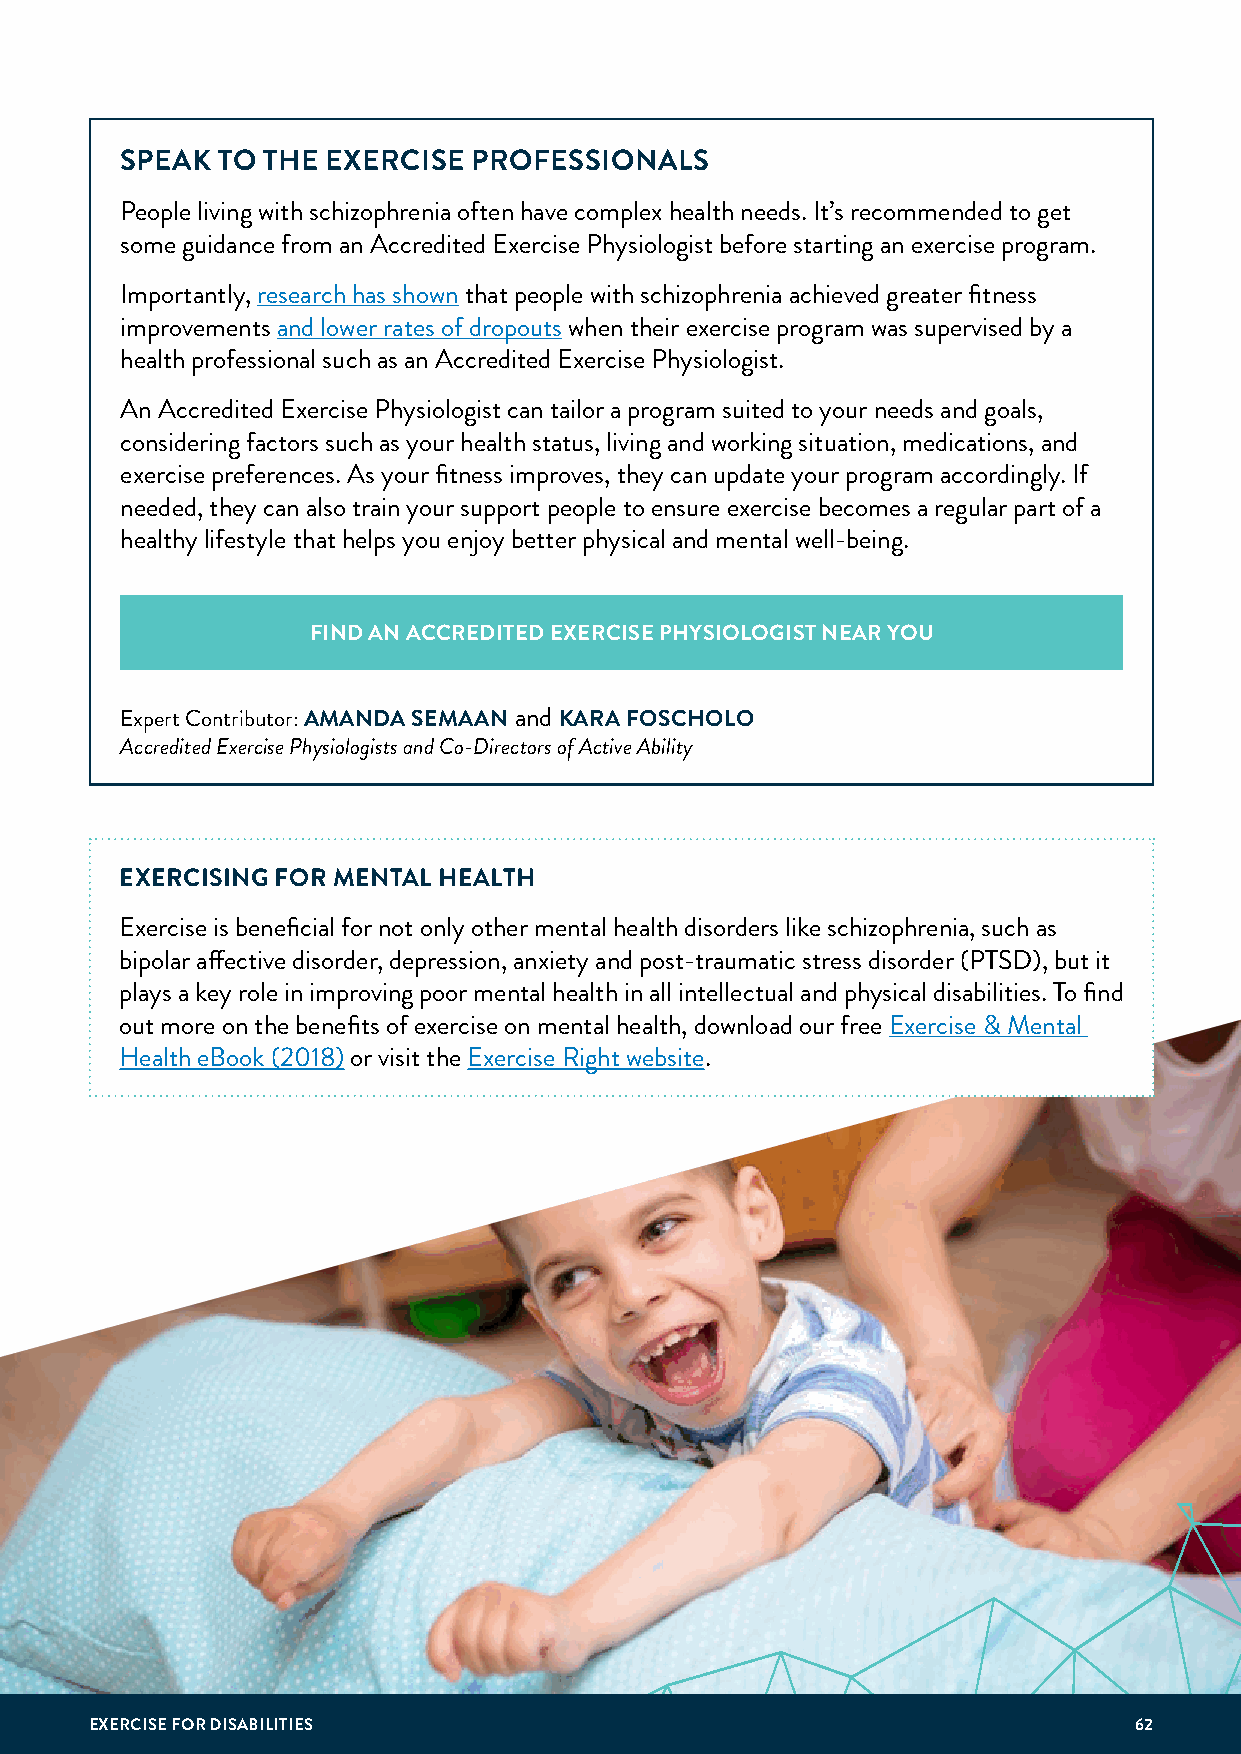
SPEAK TO THE  EXERCISE PROFESSIONALS
 People living with schizophrenia often have complex health needs. It’s recommended to get
 some guidance from an Accredited Exercise Physiologist before starting an exercise program.
 Importantly, research has shown that people with schizophrenia achieved greater fitness
 improvements and lower rates of dropouts when their exercise program was supervised by a
 health professional such as an Accredited Exercise Physiologist.
 An Accredited Exercise Physiologist can tailor a program suited to your needs and goals,
 considering factors such as your health status, living and working situation, medications, and
 exercise preferences. As your fitness improves, they can update your program accordingly. If
 needed, they can also train your support people to ensure exercise becomes a regular part of a
 healthy lifestyle that helps you enjoy better physical and mental well-being.
 FIND AN ACCREDITED EXERCISE PHYSIOLOGIST NEAR YOU
 Expert Contributor: AMANDA SEMAAN and KARA FOSCHOLO
 Accredited Exercise Physiologists and Co-Directors of Active Ability
 EXERCISING FOR MENTAL HEALTH
 Exercise is beneficial for not only other mental health disorders like schizophrenia, such as
 bipolar affective disorder, depression, anxiety and post-traumatic stress disorder (PTSD), but it
 plays a key role in improving poor mental health in all intellectual and physical disabilities. To find
 out more on the benefits of exercise on mental health, download our free Exercise & Mental
 Health eBook (2018) or visit the Exercise Right website.
 EXERCISE FOR DISABILITIES                                            62